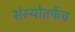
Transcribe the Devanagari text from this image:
संस्थोतर्फेच